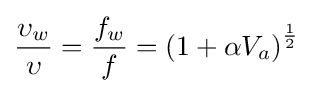
{\upsilon _{w} \over \upsilon }={f_{w} \over f}={(1+\alpha V_{a})}^{1 \over 2}